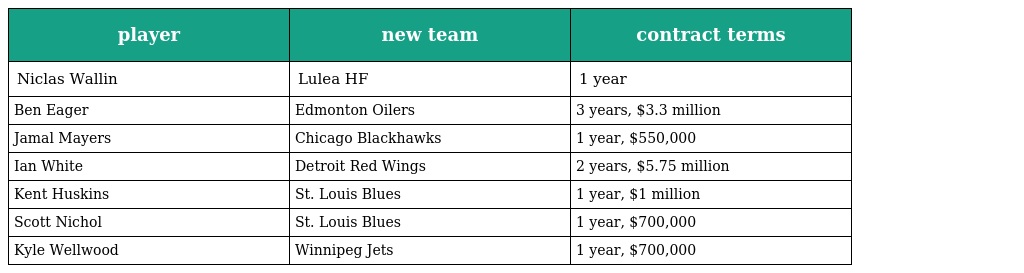
| player | new team | contract terms |
 | --- | --- | --- |
 | Niclas Wallin | Lulea HF | 1 year |
 | Ben Eager | Edmonton Oilers | 3 years, $3.3 million |
 | Jamal Mayers | Chicago Blackhawks | 1 year, $550,000 |
 | Ian White | Detroit Red Wings | 2 years, $5.75 million |
 | Kent Huskins | St. Louis Blues | 1 year, $1 million |
 | Scott Nichol | St. Louis Blues | 1 year, $700,000 |
 | Kyle Wellwood | Winnipeg Jets | 1 year, $700,000 |